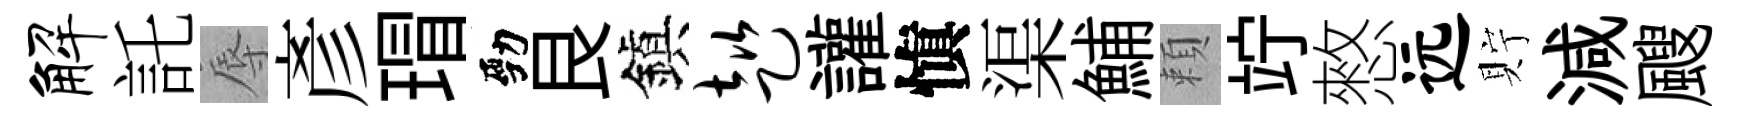
解託辱彥瑁勁艮鎭趑讙愼渠鯆頼竚憗远貯減颼